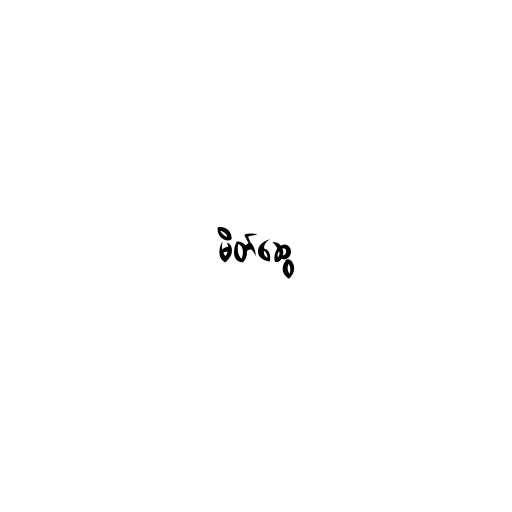
မိတ်ဆွေ